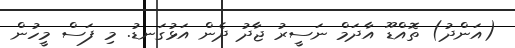
(އަންދު) ތޮއްޑޫ އާދަމް ނަސީރު ޖާދު ދެން އަޅުގަނޑު. މި ފަސް މީހުން